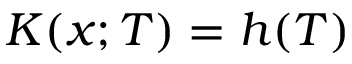
K ( x ; T ) = h ( T )